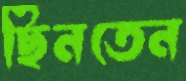
ছিনতেন